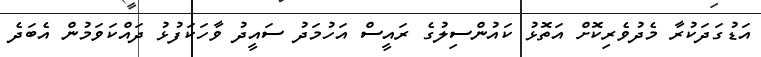
އަޑުގަދަކުރާ މެދުވެރިކޮށް އަތޮޅު ކައުންސިލުގެ ރައީސް އަހުމަދު ސައީދު ވާހަކަފުޅު ދައްކަވަމުން އެބަދެ